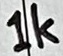
Text: 1k